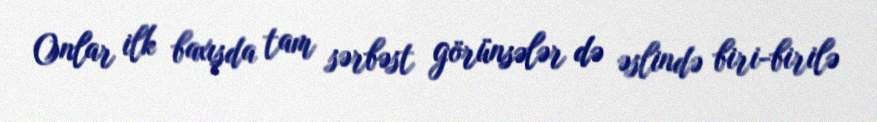
Onlar ilk baxışda tam sərbəst görünsələr də əslində biri-birilə